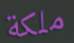
ملكة